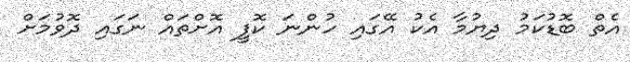
އެތް ބޮޑުކަމު ދިޔުމާ އެކު އޭގައި ހުންނަ ކޮފީ އޮށްތައް ނަގައި ދޮވުމަށް